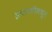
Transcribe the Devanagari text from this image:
इमारतीमधून